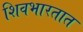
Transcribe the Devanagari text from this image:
शिवभारतात